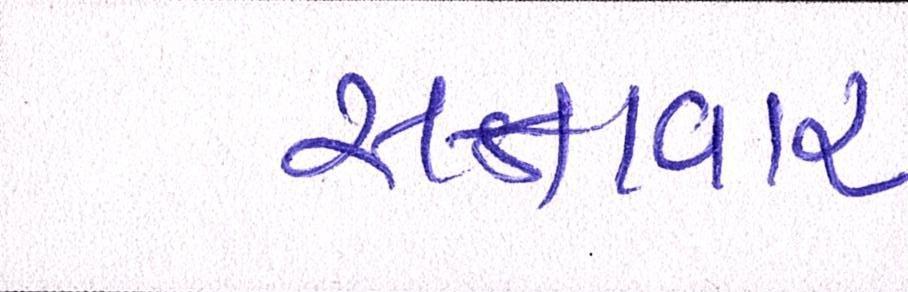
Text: સત્તાવાર